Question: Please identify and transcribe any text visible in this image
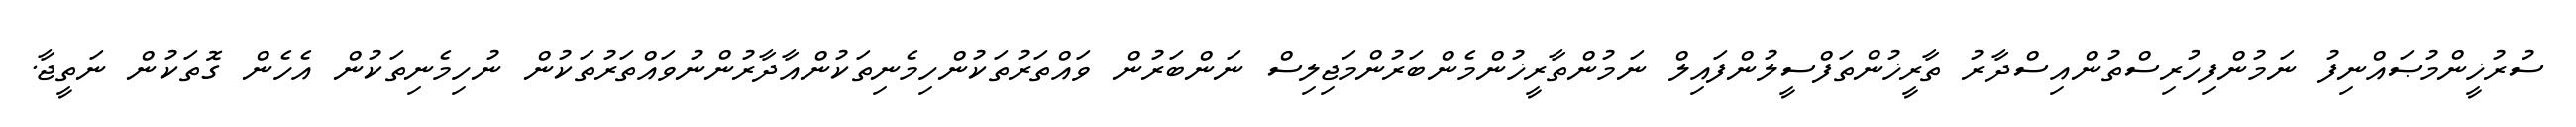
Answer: ސުރުޚީންމުޞައްނިފު ނަމުންފިހުރިސްތުންއިސްދާރު ތާރީޚުންތަފްސީލުންފައިލް ނަމުންތާރީޚުންމެންބަރުންމަޖިލިސް ނަންބަރުން ވައްތަރުތަކުންހިމެނިތަކުންއާދާރުންނުވައްތަރުތަކުން ނުހިމެނިތަކުން އެހެން ގޮތަކުން ނަތީޖާ.